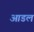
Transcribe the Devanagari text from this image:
आडल